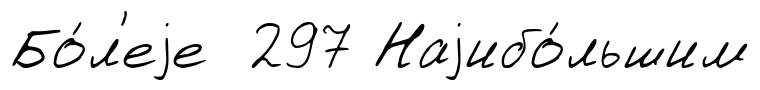
Бо́л'еjе 297 Наjибо́льшим